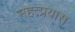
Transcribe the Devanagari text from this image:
महत्प्रयास